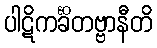
ပါဋိကင်္ခိတဗ္ဗာနီတိ